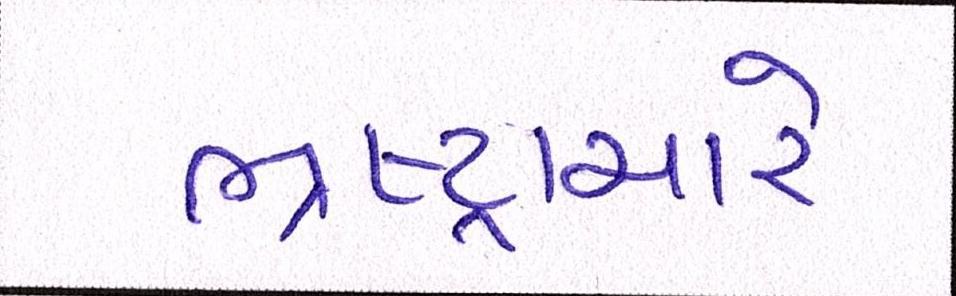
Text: ભ્રષ્ટ્રાચારે